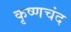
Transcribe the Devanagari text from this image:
कृष्णचंद